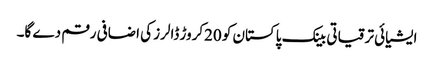
ایشیائی ترقیاتی بینک پاکستان کو 20کروڑ ڈالرز کی اضافی رقم دے گا۔